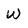
Character: W